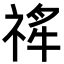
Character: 𬓄